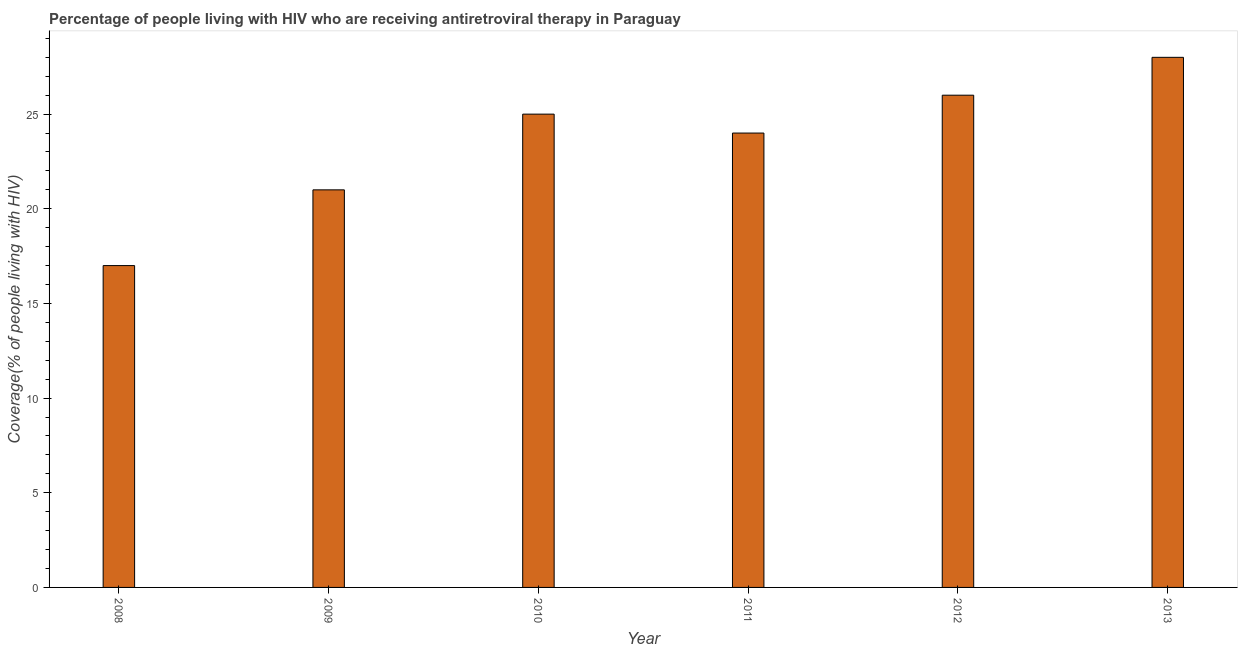
| Year | Antiretroviral therapy coverage |
 | --- | --- |
 | 2008 | 17 |
 | 2009 | 21 |
 | 2010 | 25 |
 | 2011 | 24 |
 | 2012 | 26 |
 | 2013 | 28 |